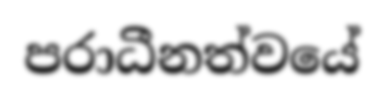
පරාධීනත්වයේ